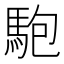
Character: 䮀